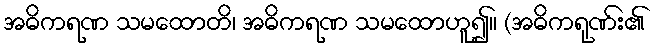
အဓိကရဏ သမထောတိ၊ အဓိကရဏ သမထောဟူ၍။ (အဓိကရုဏ်း၏